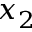
x _ { 2 }